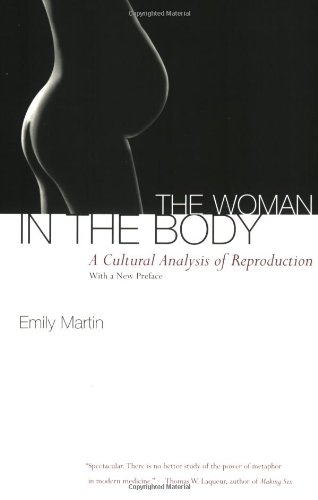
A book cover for The Woman in the Body: A Cultural Analysis of Reproduction; Emily Martin; Medical Books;